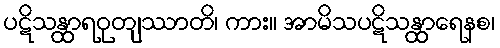
ပဋိသန္ထာရဝုတျဿာတိ၊ ကား။ အာမိသပဋိသန္ထာရေနစ၊